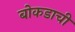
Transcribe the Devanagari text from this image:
बोकडाची